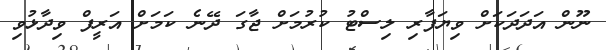
ނޫން އަދަދަކަށް ވިޔަފާރި ލިސްޓު ކުރުމަށް ޖާގަ ދޭނެ ކަމަށް އަރީފް ވިދާޅުވި